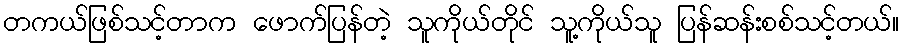
တကယ်ဖြစ်သင့်တာက ဖောက်ပြန်တဲ့ သူကိုယ်တိုင် သူ့ကိုယ်သူ ပြန်ဆန်းစစ်သင့်တယ်။